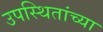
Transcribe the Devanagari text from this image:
उपस्थितांच्या